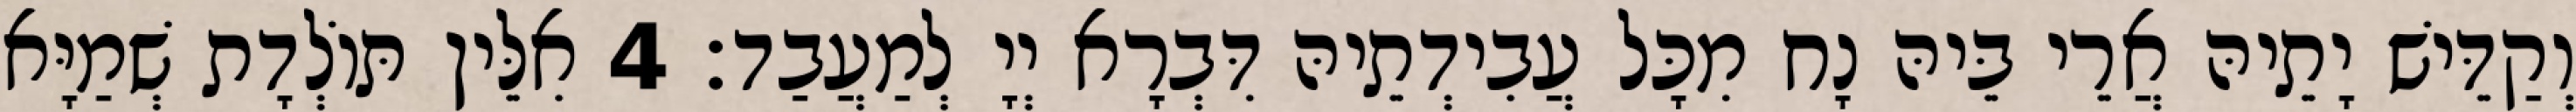
וְקַדֵּישׁ יָתֵיהּ אֲרֵי בֵּיהּ נָח מִכָּל עֲבִידְתֵיהּ דִּבְרָא יְיָ לְמַעֲבַד׃ 4 אִלֵּין תּוֹלְדָת שְׁמַיָּא